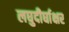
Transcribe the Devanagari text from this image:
लघुदीर्घाक्षर